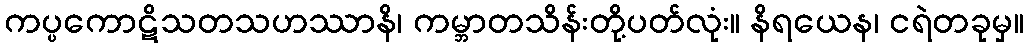
ကပ္ပကောဋိသတသဟဿာနိ၊ ကမ္ဘာတသိန်းတို့ပတ်လုံး။ နိရယေန၊ ငရဲတခုမှ။